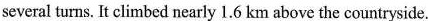
several turns. It climbed nearly 1.6 km above the countryside.